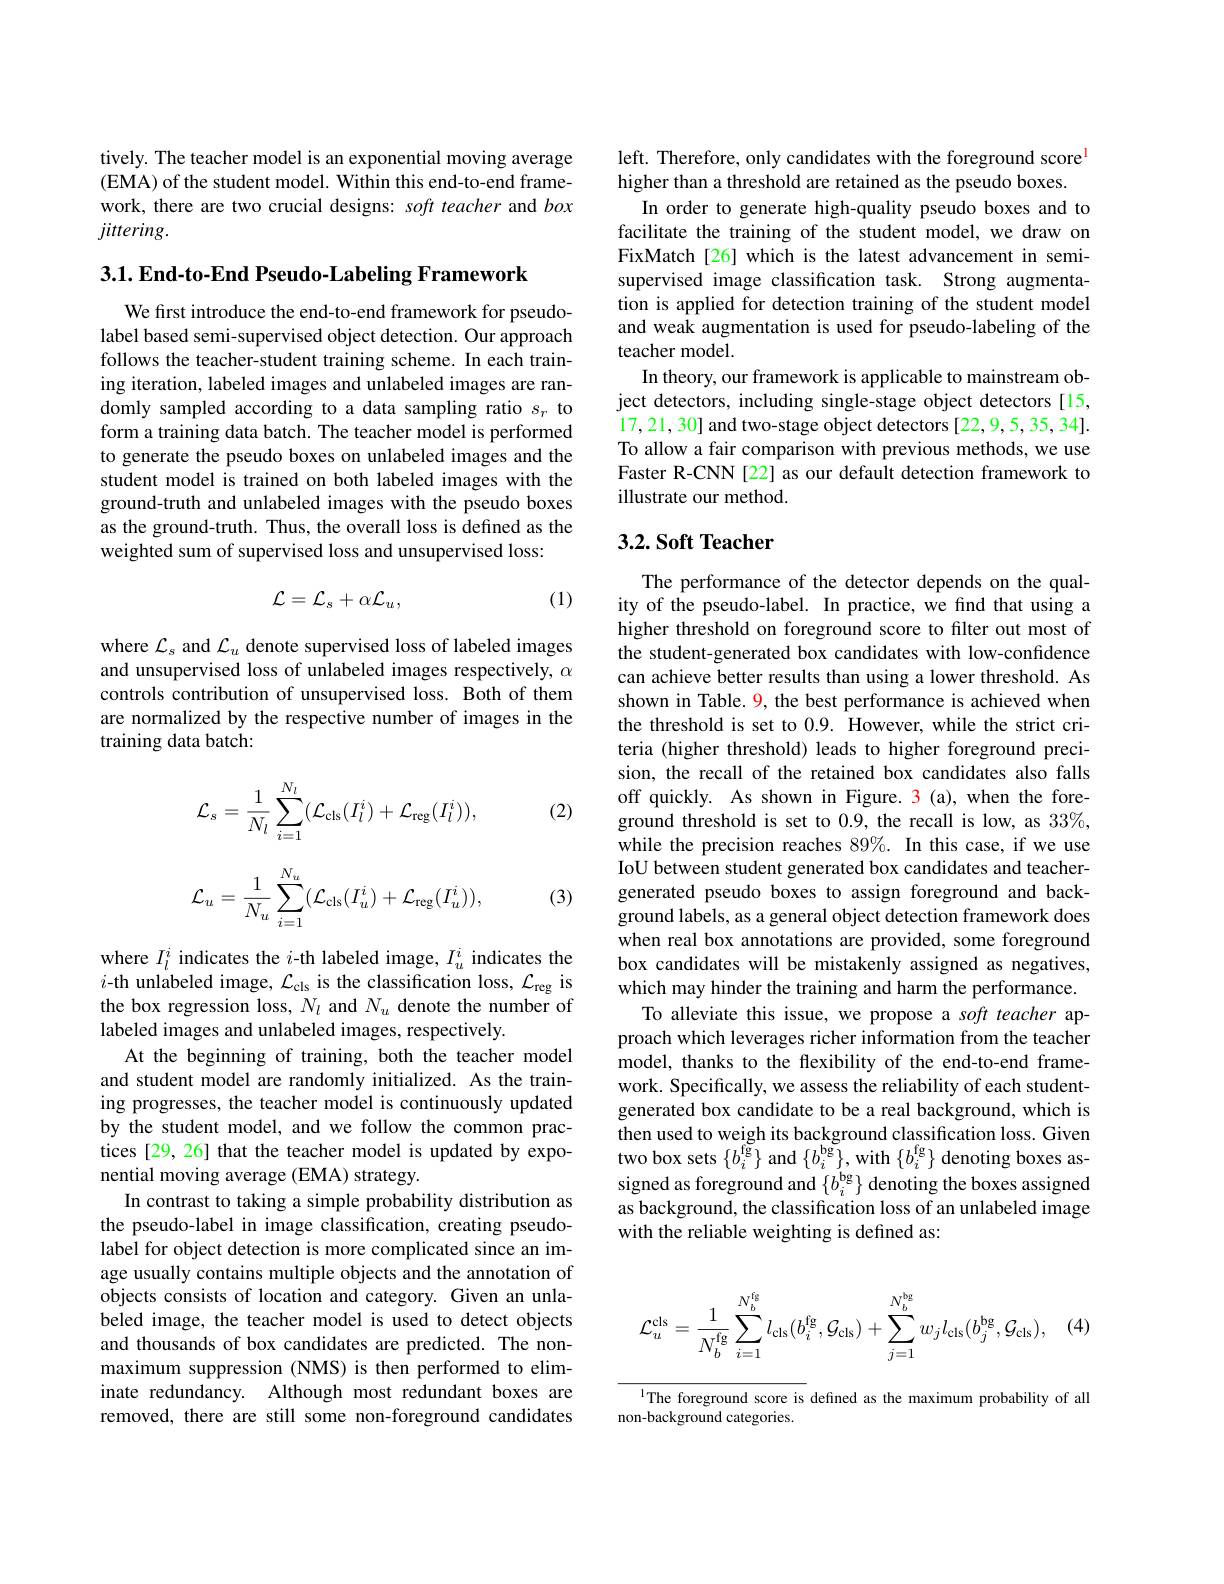
tively. The teacher model is an exponential moving average (EMA) of the student model. Within this end-to-end framework, there are two crucial designs: soft teacher and box $jittering.$

3.1. End-to-End Pseudo-Labeling Framework

We first introduce the end-to-end framework for pseudolabel based semi-supervised object detection. Our approach follows the teacher-student training scheme. In each training iteration, labeled images and unlabeled images are randomly sampled according to a data sampling ratio $s_r$ to form a training data batch. The teacher model is performed to generate the pseudo boxes on unlabeled images and the student model is trained on both labeled images with the ground-truth and unlabeled images with the pseudo boxes as the ground-truth. Thus, the overall loss is defined as the weighted sum of supervised loss and unsupervised loss:
$$\mathcal{L}=\mathcal{L}_{s}+\alpha\mathcal{L}_{u},$$
(1)

where $\mathcal{L}_s$ and $\mathcal{L}_u$ denote supervised loss of labeled images and unsupervised loss of unlabeled images respectively, $\alpha$ controls contribution of unsupervised loss. Both of them are normalized by the respective number of images in the training data batch:

(2)
$$\mathcal{L}_{s}=\frac{1}{N_{l}}\sum_{i=1}^{N_{l}}(\mathcal{L}_{\mathrm{cls}}(I_{l}^{i})+\mathcal{L}_{\mathrm{reg}}(I_{l}^{i})),$$
$$\mathcal{L}_{u}=\frac{1}{N_{u}}\sum_{i=1}^{N_{u}}(\mathcal{L}_{\mathrm{cls}}(I_{u}^{i})+\mathcal{L}_{\mathrm{reg}}(I_{u}^{i})),$$
(3)

where $I_l^i$ indicates the $i$-th labeled image, $I_u^i$ indicates the $i$-th unlabeled image, $\mathcal{L}_\mathrm{cls}$ is the classification loss, $\mathcal{L}_\mathrm{reg}$ is the box regression loss, $N_l$ and $N_u$ denote the number of labeled images and unlabeled images, respectively.
At the beginning of training, both the teacher model and student model are randomly initialized. As the training progresses, the teacher model is continuously updated by the student model, and we follow the common practices [29, 26] that the teacher model is updated by exponential moving average (EMA) strategy.
In contrast to taking a simple probability distribution as the pseudo-label in image classification, creating pseudolabel for object detection is more complicated since an image usually contains multiple objects and the annotation of objects consists of location and category. Given an unlabeled image, the teacher model is used to detect objects and thousands of box candidates are predicted. The nonmaximum suppression (NMS) is then performed to eliminate redundancy. Although most redundant boxes are removed, there are still some non-foreground candidates

left. Therefore, only candidates with the foreground score$^{\mathrm{l}}$
higher than a threshold are retained as the pseudo boxes.
In order to generate high-quality pseudo boxes and to facilitate the training of the student model, we draw on FixMatch [26] which is the latest advancement in semisupervised image classification task. Strong augmentation is applied for detection training of the student model and weak augmentation is used for pseudo-labeling of the teacher model.
In theory, our framework is applicable to mainstream object detectors, including single-stage object detectors [15, 17,21, 30] and two-stage object detectors [22, 9, 5, 35, 34]. To allow a fair comparison with previous methods, we use Faster R-CNN [22] as our default detection framework to illustrate our method.

### $3. 2. \textbf{Soft Teacher}$

The performance of the detector depends on the quality of the pseudo-label. In practice, we find that using a higher threshold on foreground score to filter out most of the student-generated box candidates with low-confdence can achieve better results than using a lower threshold. As shown in Table. 9, the best performance is achieved when the threshold is set to 0.9. However, while the strict criteria (higher threshold) leads to higher foreground precision, the recall of the retained box candidates also falls off quickly. As shown in Figure. 3 (a), when the foreground threshold is set to 0.9, the recall is low, as $33\%$, while the precision reaches 89%. In this case, if we use IoU between student generated box candidates and teachergenerated pseudo boxes to assign foreground and background labels, as a general object detection framework does when real box annotations are provided, some foreground box candidates will be mistakenly assigned as negatives, which may hinder the training and harm the performance.
To alleviate this issue, we propose a soft teacher approach which leverages richer information from the teacher model, thanks to the flexibility of the end-to-end framework. Specifically, we assess the reliability of each studentgenerated box candidate to be a real background, which is then used to weigh its background classification loss. Given two box sets $\{b_{i}^{\mathrm{fg}}\}$ and $\{b_{i}^{\mathrm{bg}}\}$, with $\{b_{i}^{\mathrm{fg}}\}$ denoting boxes assigned as foreground and $\{b_i^\mathrm{bg}\}$ denoting the boxes assigned as background, the classification loss of an unlabeled image with the reliable weighting is defined as:
$$\mathcal{L}_{u}^{\mathrm{cls}}=\frac{1}{N_{b}^{\mathrm{fg}}}\sum_{i=1}^{N_{b}^{\mathrm{fg}}}l_{\mathrm{cls}}(b_{i}^{\mathrm{fg}},\mathcal{G}_{\mathrm{cls}})+\sum_{j=1}^{N_{b}^{\mathrm{bg}}}w_{j}l_{\mathrm{cls}}(b_{j}^{\mathrm{bg}},\mathcal{G}_{\mathrm{cls}}),$$
lThe foreground score is defined as the maximum probability of all
non-background categories.